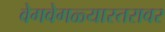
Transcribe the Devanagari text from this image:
वेगवेगळ्यास्तरावर